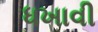
ધખાવી